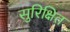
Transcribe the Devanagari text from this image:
सुरिक्षित